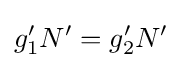
g_{1}'N'=g_{2}'N'